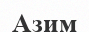
Азим